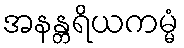
အနန္တရိယကမ္မံ